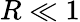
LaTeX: R\ll 1